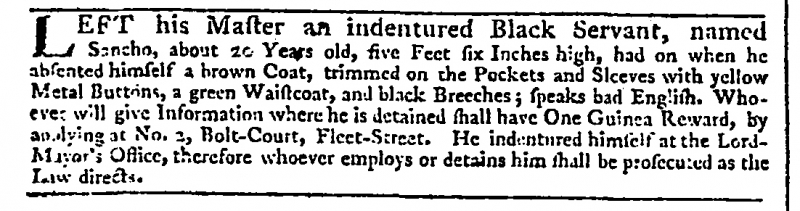
Daily Advertiser, 5 September 1774 (England)
LEFT his Master an indentured Black Servant, named Sancho, about 20 Years old, five Feet six Inches high, had on when he absented himself a brown Coat, trimmed on the Pockets and Sleeves with yellow Metal Buttons, a green Waistcoat, and black Breeches; speaks bad English. Whoever will give Information where he is detained shall have One Guinea Reward, by applying at No. 2, Bolt-Court, Fleet-Street. He indentured himself at the Lord Mayor’s Office, therefore whoever employs or detains him shall be prosecuted as the Law directs.